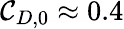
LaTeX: \mathcal{C}_{D,0}\approx0.4